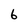
Character: 6